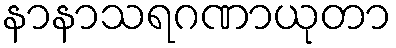
နာနာသရဂဏာယုတာ